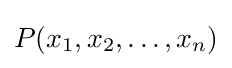
P(x_{1},x_{2},\dots ,x_{n})